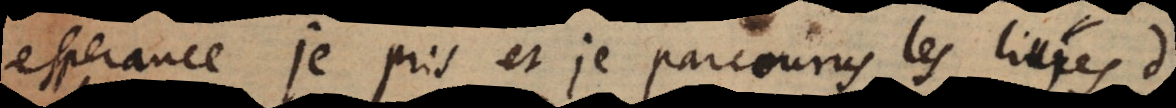
esperance je pris et je parcourus les livres d’